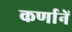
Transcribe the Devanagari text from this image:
कर्णानें